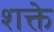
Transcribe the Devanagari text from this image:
शक्ते